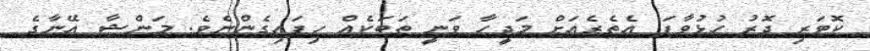
ކޮޓަރި ދޮރު ހުޅުވާފަ އެތެރެއަށް މަދީހާ ވަނީ ތަބަކެއް ހިފައިގެންނެވެ. މަންޝާ އޭނާގެ